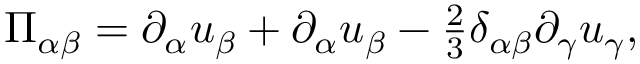
\begin{array} { r } { \Pi _ { \alpha \beta } = { \partial _ { \alpha } u _ { \beta } + \partial _ { \alpha } u _ { \beta } } - \frac { 2 } { 3 } \delta _ { \alpha \beta } \partial _ { \gamma } u _ { \gamma } , } \end{array}